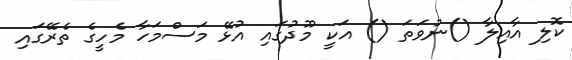
ކޮލި އާއިލާ ()ނުވަތަ () އަކީ މޫދުގައި އުޅޭ މަސްމަހާ މެހީގެ ތެރޭގައި